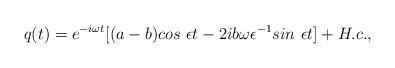
LaTeX: \begin{align*}q(t)=e^{-i\omega t}[(a-b)cos~\epsilon t-2ib\omega\epsilon^{-1} sin~\epsilon t] +H.c.,\end{align*}